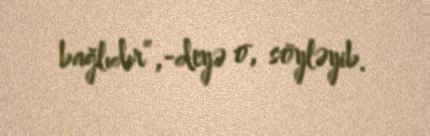
bağlıdır”,-deyə o, söyləyib.